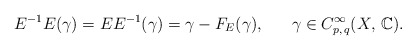
\begin{align*}E^{-1} E(\gamma)= E E^{-1} (\gamma)= \gamma - F_{E}(\gamma), ~~~~~ \gamma \in C^{\infty} _{p,\,q}(X,\,\mathbb{C}).\end{align*}